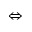
\Leftrightarrow